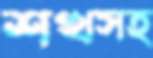
শখসহ